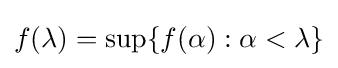
f(\lambda )=\sup\{f(\alpha ):\alpha <\lambda \}